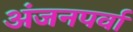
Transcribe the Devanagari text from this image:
अंजनपर्वा